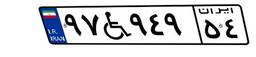
۹۷W۹۴۹۵۴